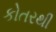
કોતરથી